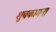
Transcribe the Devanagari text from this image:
शुबकामना